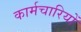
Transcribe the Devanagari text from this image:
कार्मचारियों